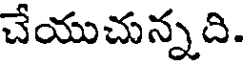
చేయుచున్నది.